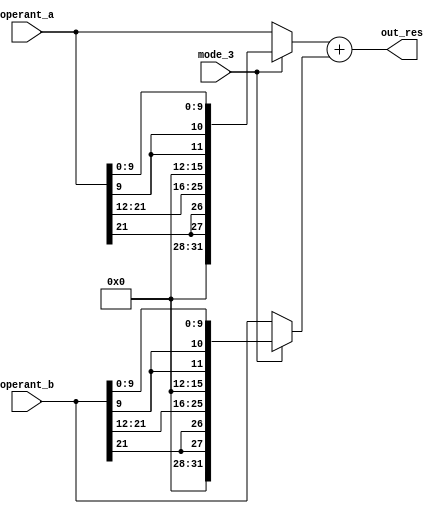
module adder_32_bits (
	operant_a,
	operant_b,
	mode_3,
	out_res
);
	input wire [31:0] operant_a;
	input wire [31:0] operant_b;
	input wire mode_3;
	output wire [31:0] out_res;
	wire [31:0] add_oper_a;
	wire [31:0] add_oper_b;
	assign add_oper_a = (mode_3 ? {4'b0000, {2 {operant_a[21]}}, operant_a[21:12], 4'b0000, {2 {operant_a[9]}}, operant_a[9:0]} : operant_a);
	assign add_oper_b = (mode_3 ? {4'b0000, {2 {operant_b[21]}}, operant_b[21:12], 4'b0000, {2 {operant_b[9]}}, operant_b[9:0]} : operant_b);
	assign out_res = add_oper_a + add_oper_b;
endmodule